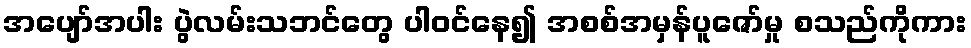
အပျော်အပါး ပွဲလမ်းသဘင်တွေ ပါဝင်နေ၍ အစစ်အမှန်ပူဇော်မှု စသည်ကိုကား